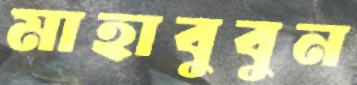
মাহাবুবুন